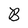
Character: B